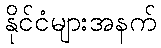
နိုင်ငံများအနက်